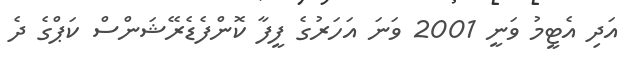
އަދި އެޓީމު ވަނީ 2001 ވަނަ އަހަރުގެ ފީފާ ކޮންފެޑެރޭޝަންސް ކަޕްގެ ދެ